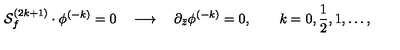
{ \cal S } _ { f } ^ { ( 2 k + 1 ) } \cdot \phi ^ { ( - k ) } = 0 \quad \longrightarrow \quad \partial _ { \bar { z } } \phi ^ { ( - k ) } = 0 , \qquad k = 0 , { \frac { 1 } { 2 } } , 1 , \ldots ,